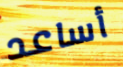
أساعد